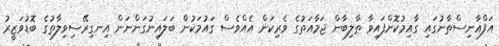
އަފްޣާނިސްތާނުގައި ގާއިމުކޮށްފައިވާ ޠާލިބާން ޖަމާއަތުގެ ވެރިކަން އެއްްވެސް ގައުމަކުން ބަލައިނުގަންނަން އިނގިރޭސިވިލާތުގެ ބޮޑުވަޒީރު